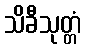
သိခီသုတ္တံ